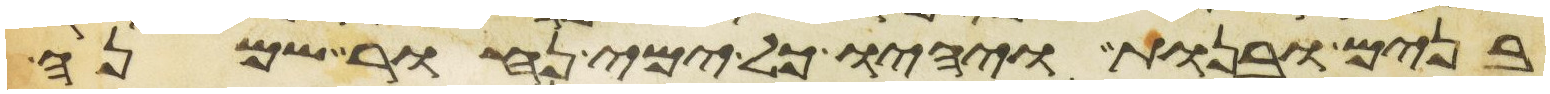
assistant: בנים ובנות ויהיו כל ימי נחור שמנה